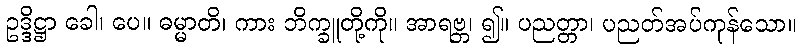
ဥဒ္ဒိဋ္ဌာ ခေါ၊ ပေ။ ဓမ္မာတိ၊ ကား ဘိက္ခူတို့ကို။ အာရဗ္ဘ၊ ၍။ ပညတ္တာ၊ ပညတ်အပ်ကုန်သော။